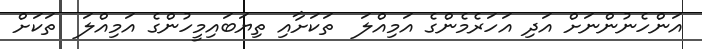
އަންހެނުންނަށް އަދި އަހަރެމެންގެ އަމިއްލަ  ތަކަށާއި ތިޔަބައިމީހުންގެ އަމިއްލަ  ތަކަށް